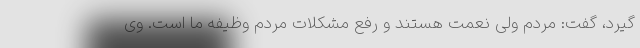
گیرد، گفت: مردم ولی نعمت هستند و رفع مشکلات مردم وظیفه ما است. وی